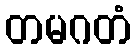
တမဂတံ